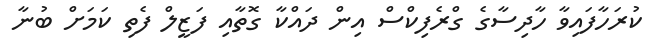
ކުރަހާފައިވާ ހާދިސާގެ ގްރެފިކްސް އިން ދައްކާ ގޮތާއި ފަޒީލް ފެތި ކަމަށް ބުނާ